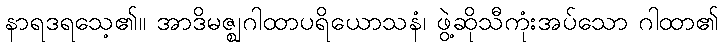
နာရဒရသေ့၏။ အာဒိမဇ္ဈဂါထာပရိယောသနံ၊ ဖွဲ့ဆိုသီကုံးအပ်သော ဂါထာ၏